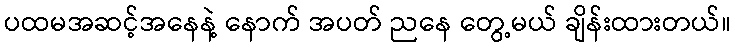
ပထမအဆင့်အနေနဲ့ နောက် အပတ် ညနေ တွေ့မယ် ချိန်းထားတယ်။